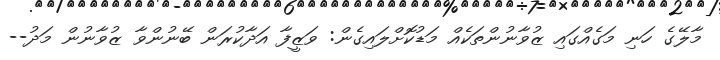
މާލޭގެ ހަނި މަގެއްގައި ޒުވާނުންތަކެއް މަޑުކޮށްލައިގެން: ވަޒީފާ އަދާކުރަން ބޭނުންވާ ޒުވާނުން މަދު--